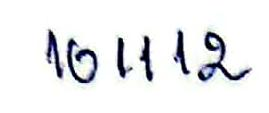
101112